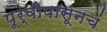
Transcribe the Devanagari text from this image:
पूर्वीपासूनचं